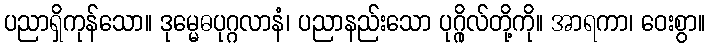
ပညာရှိကုန်သော။ ဒုမ္မေဓပုဂ္ဂလာနံ၊ ပညာနည်းသော ပုဂ္ဂိုလ်တို့ကို။ အာရကာ၊ ဝေးစွာ။